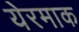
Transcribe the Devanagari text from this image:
येरमाक